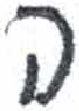
אות: ה